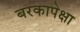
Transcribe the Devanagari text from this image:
बरकापेक्षा